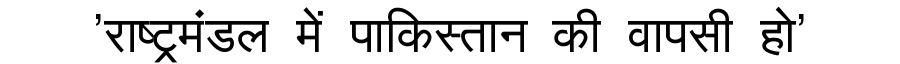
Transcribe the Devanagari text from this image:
'राष्ट्रमंडल में पाकिस्तान की वापसी हो'